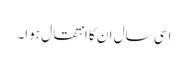
اسی سال ان کا انتقال ہوا۔